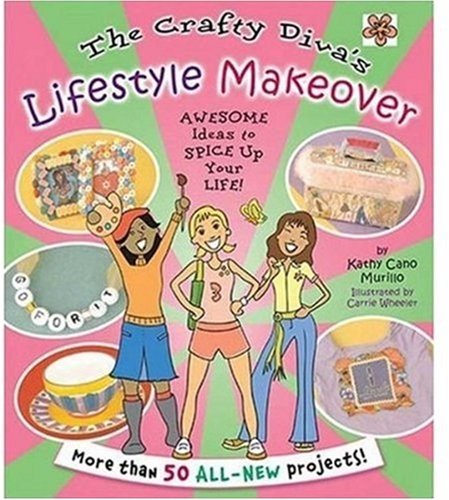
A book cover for The Crafty Diva's Lifestyle Makeover: Awesome Ideas to Spice Up Your Life!; Kathy Cano Murillo; Teen & Young Adult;